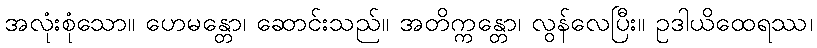
အလုံးစုံသော။ ဟေမန္တော၊ ဆောင်းသည်။ အတိက္ကန္တော၊ လွန်လေပြီး။ ဥဒါယိထေရဿ၊